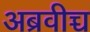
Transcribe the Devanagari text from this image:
अब्रवीच्च